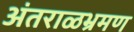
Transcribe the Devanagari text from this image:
अंतराळभ्रमण